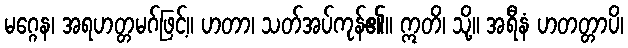
မဂ္ဂေန၊ အရဟတ္တမဂ်ဖြင့်။ ဟတာ၊ သတ်အပ်ကုန်၏။ ဣတိ၊ သို့။ အရီနံ ဟတတ္တာပိ၊